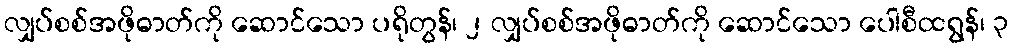
လျှပ်စစ်အဖိုဓာတ်ကို ဆောင်သော ပရိုတွန်၊ ၂ လျှပ်စစ်အဖိုဓာတ်ကို ဆောင်သော ပေါစီထရွန်၊ ၃